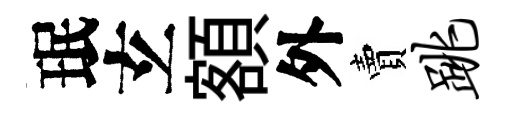
珉𤣥額外賣跳